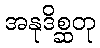
အနုဒိစ္ဆတု